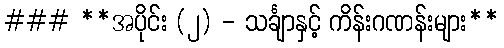
### **အပိုင်း (၂) - သင်္ချာနှင့် ကိန်းဂဏန်းများ**